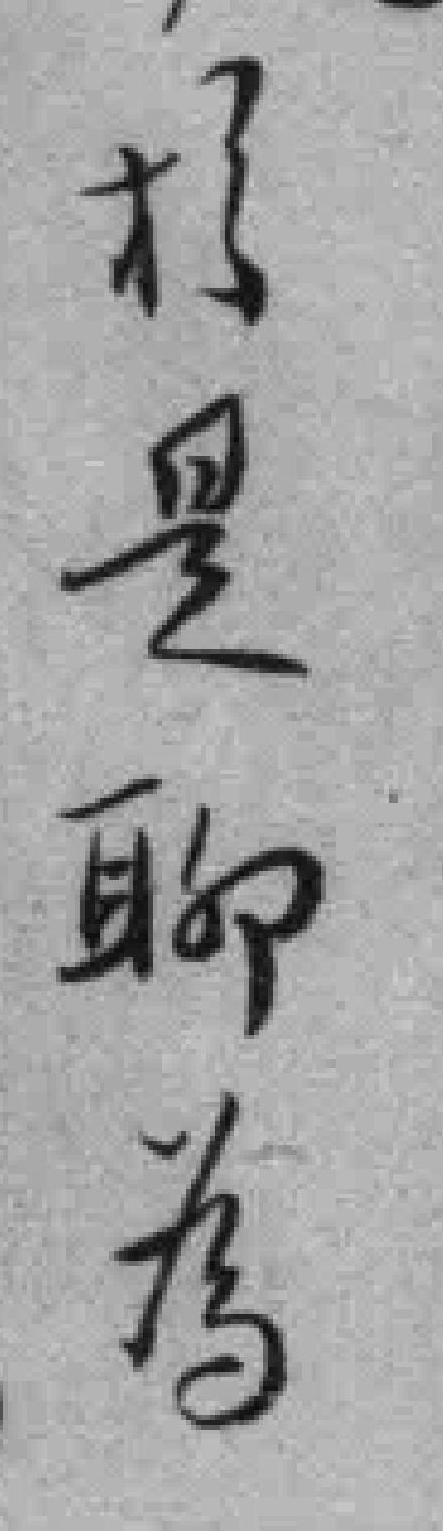
於是聊為